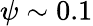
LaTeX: \psi\sim 0.1